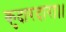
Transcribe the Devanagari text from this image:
कुदारदारा।।